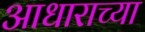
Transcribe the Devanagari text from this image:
आधाराच्या